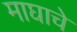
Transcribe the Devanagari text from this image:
माघाचे